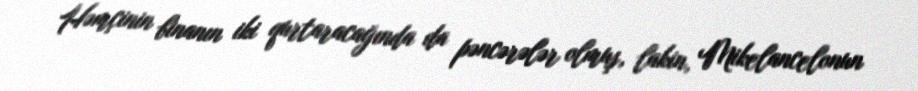
Həmçinin binanın iki qurtaracağında da pəncərələr olmuş, lakin, Mikelancelonun